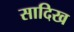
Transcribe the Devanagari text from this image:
सादिख